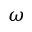
\omega